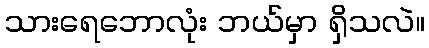
သားရေဘောလုံး ဘယ်မှာ ရှိသလဲ။